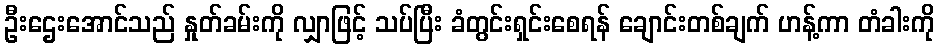
ဦးဌေးအောင်သည် နှုတ်ခမ်းကို လျှာဖြင့် သပ်ပြီး ခံတွင်းရှင်းစေရန် ချောင်းတစ်ချက် ဟန့်ကာ တံခါးကို